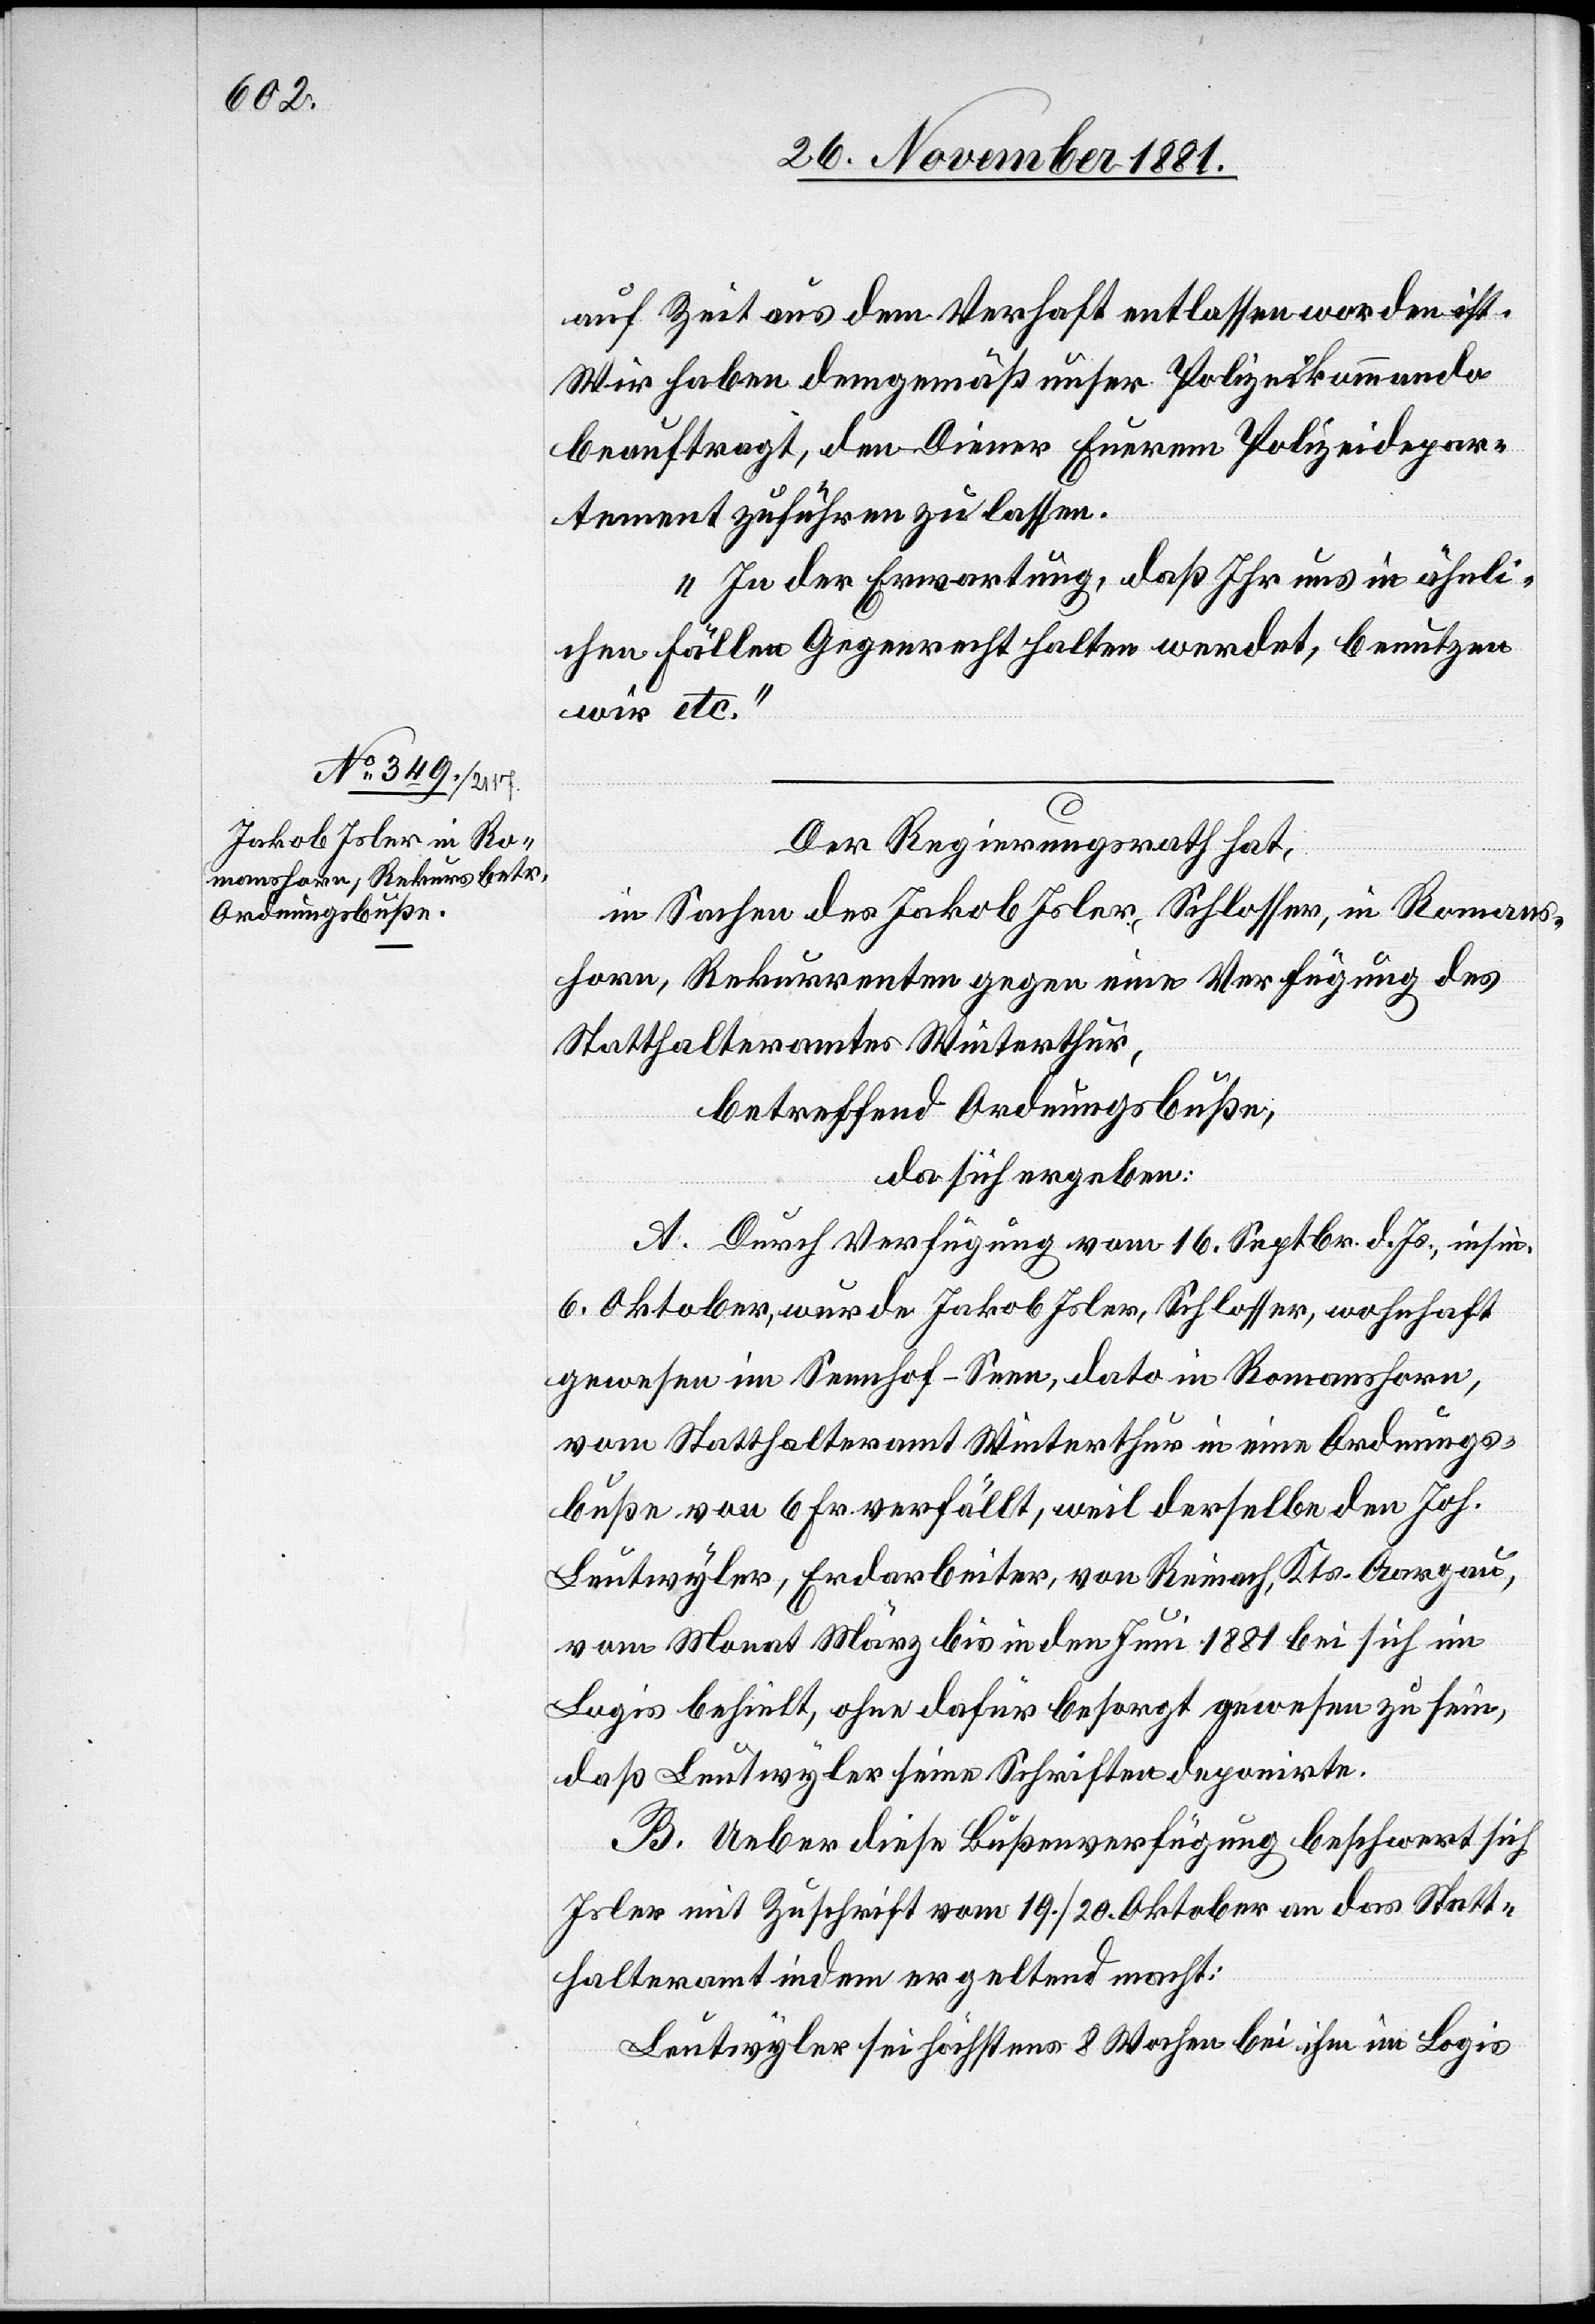
auf Zeit aus dem Verhaft entlassen worden ist.
Wir haben demgemäß unser Polizeikommando
beauftragt, den Diener Eurem Polizeidepar¬
tement zuführen zu lassen.
In der Erwartung, daß Ihr uns in ähnli¬
chen Fällen Gegenrecht halten werdet, benutzen
wir etc.“
Der Regierungsrath hat,
in Sachen des Jakob Isler, Schlosser, in Romans¬
horn, Rekurrenten gegen eine Verfügung des
Statthalteramtes Winterthur,
betreffend Ordnungsbuße,
da sich ergeben:
A. Durch Verfügung vom 16. Septbr. d. Js., insin.
6. Oktober, wurde Jakob Isler, Schlosser, wohnhaft
gewesen im Sennhof - Seen, dato in Romanshorn,
vom Statthalteramt Winterthur in eine Ordnungs¬
buße von 6 Fr. verfällt, weil derselbe den Joh.
Leutwyler, Erdarbeiter, von Reinach, Kts. Aargau,
vom Monat März bis in den Juni 1881 bei sich im
Logis behielt, ohne dafür besorgt gewesen zu sein,
daß Leutwyler seine Schriften deponirte.
B. Ueber diese Bußenverfügung beschwert sich
Isler mit Zuschrift vom 19./20. Oktober an das Statt¬
halteramt indem er geltend macht:
Leutwyler sei höchstens 8 Wochen bei ihm im Logis